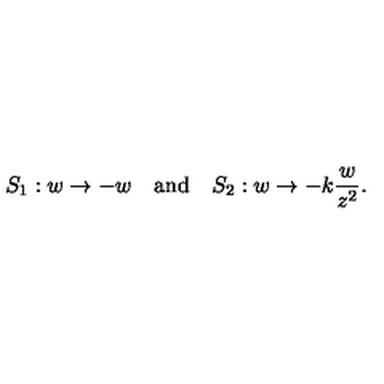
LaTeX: S _ { 1 } : w \to - w \quad \mathrm { a n d } \quad S _ { 2 } : w \to - k { \frac { w } { z ^ { 2 } } } .